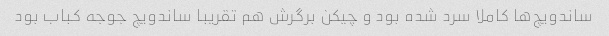
ساندویچ‌ها کاملا سرد شده بود و چیکن برگرش هم تقریبا ساندویچ جوجه کباب بود